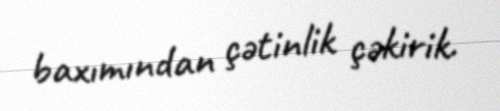
baxımından çətinlik çəkirik.